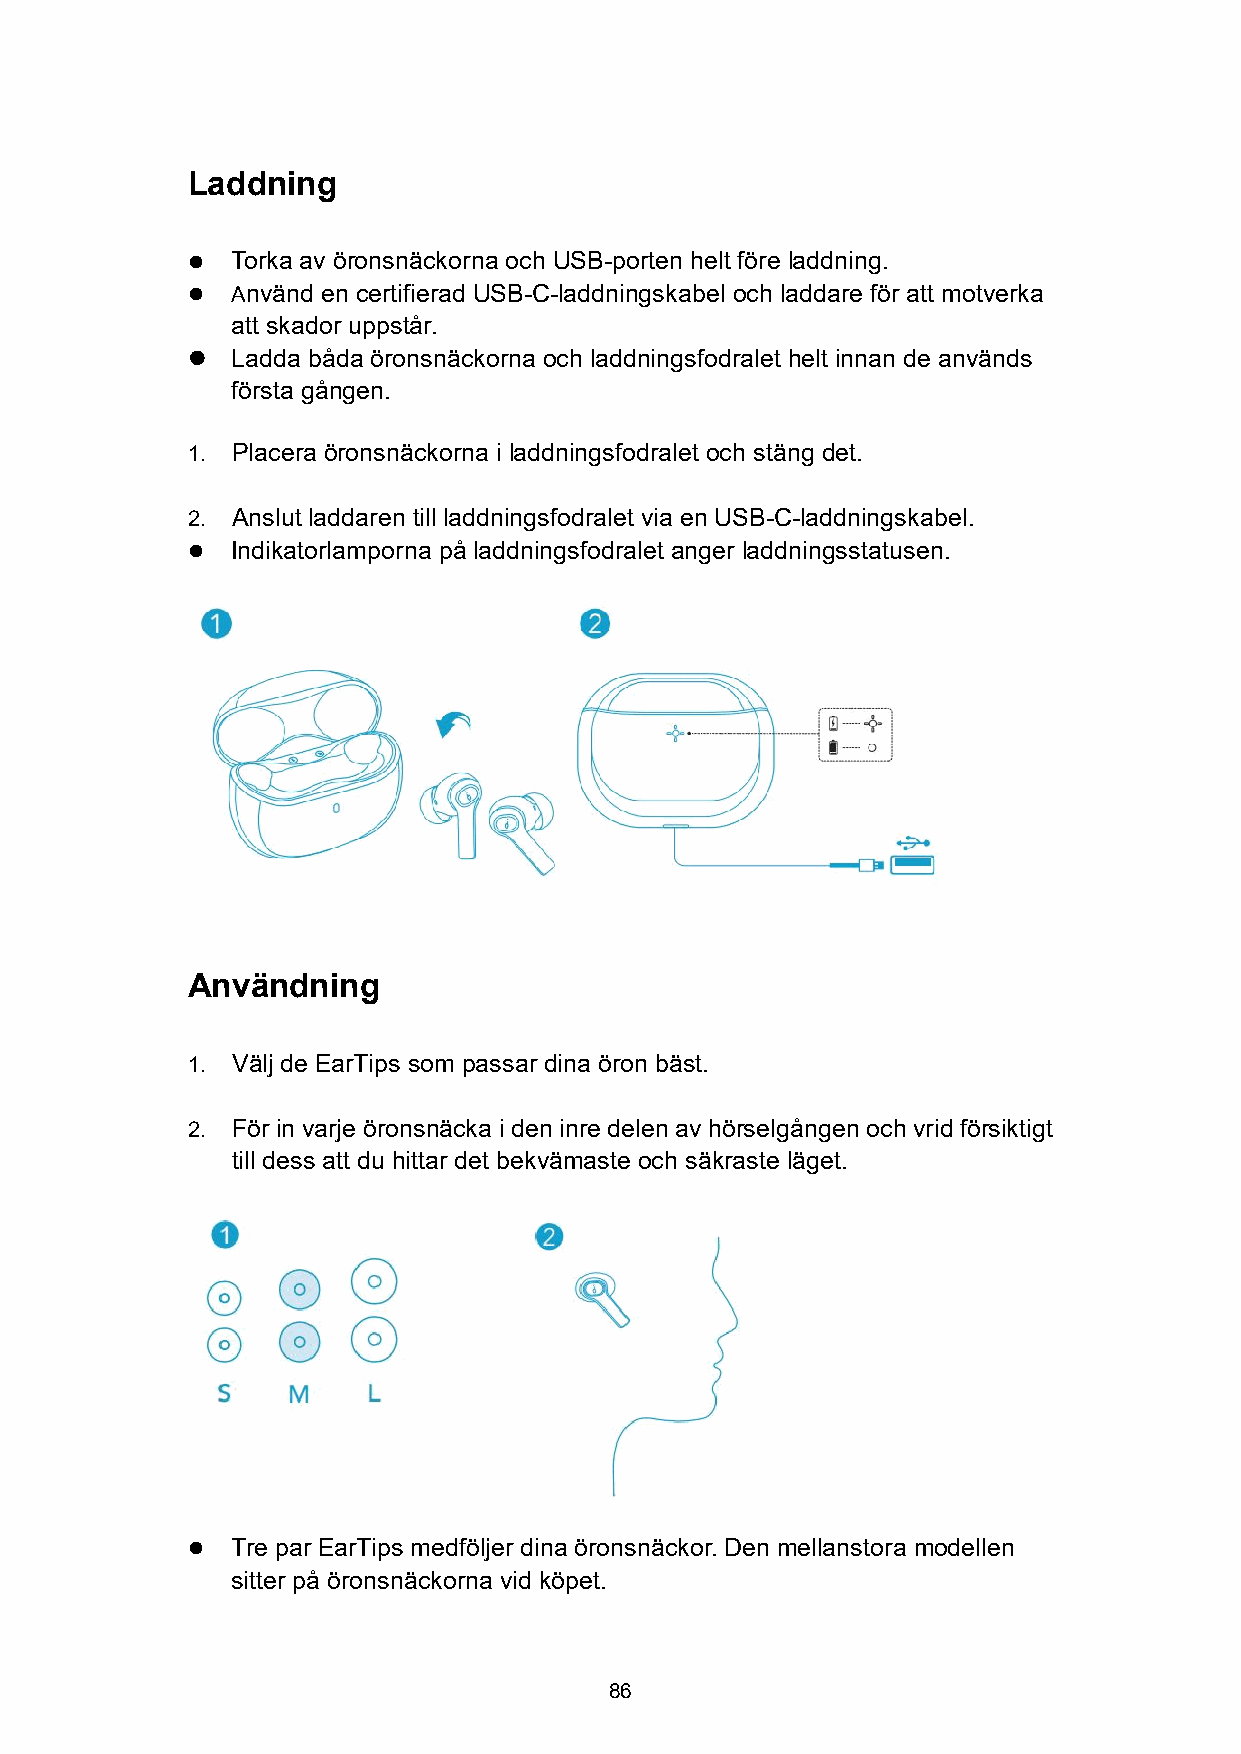
Laddning
   Torka av öronsnäckorna och USB-porten helt före laddning.
   Använd en certifierad USB-C-laddningskabel och laddare för att motverka
 att skador uppstår.
   Ladda båda öronsnäckorna och laddningsfodralet helt innan de används
 första gången.
 1. Placera öronsnäckorna i laddningsfodralet och stäng det.
 2. Anslut laddaren till laddningsfodralet via en USB-C-laddningskabel.
   Indikatorlamporna på laddningsfodralet anger laddningsstatusen.
 Användning
 1. Välj de EarTips som passar dina öron bäst.
 2. För in varje öronsnäcka i den inre delen av hörselgången och vrid försiktigt
 till dess att du hittar det bekvämaste och säkraste läget.
   Tre par EarTips medföljer dina öronsnäckor. Den mellanstora modellen
 sitter på öronsnäckorna vid köpet.
 86